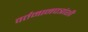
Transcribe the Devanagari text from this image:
वर्तमानपत्रांशी